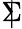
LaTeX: \; |\! \! \! \Sigma